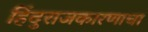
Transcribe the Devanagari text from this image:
हिंदुराजकारणाचा